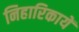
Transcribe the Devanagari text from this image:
निहारिकायें